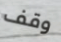
وقف